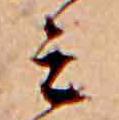
ミ